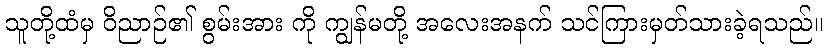
သူတို့ထံမှ ဝိညာဉ်၏ စွမ်းအား ကို ကျွန်မတို့ အလေးအနက် သင်ကြားမှတ်သားခဲ့ရသည်။